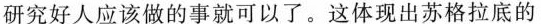
研究好人应该做的事就可以了。这体现出苏格拉底的